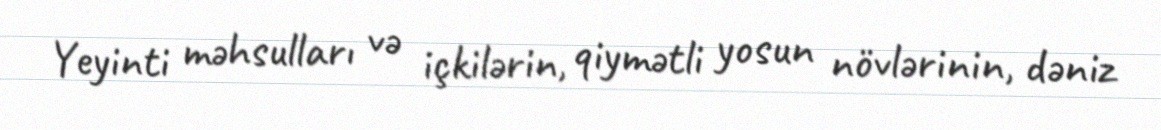
Yeyinti məhsulları və içkilərin, qiymətli yosun növlərinin, dəniz